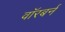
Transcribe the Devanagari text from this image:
वॉरबर्न